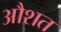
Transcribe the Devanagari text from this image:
औशत